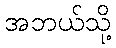
အဘယ်သို့